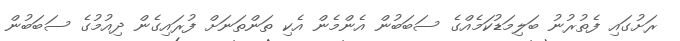
ރަށުގައި ފެތުރުނު ބަލިމަޑުކަމެއްގެ ސަބަބުން އެންމެން އެކި ތަންތަނަށް ފުރައިގެން ދިއުމުގެ ސަބަބުން